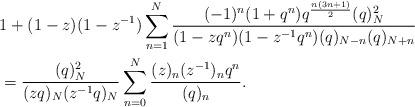
LaTeX: \begin{align*}&1+(1-z)(1-z^{-1})\sum_{n=1}^{N}\frac{(-1)^n(1+q^n)q^{\frac{n(3n+1)}{2}}(q)_{N}^2}{(1-zq^n)(1-z^{-1}q^n)(q)_{N-n}(q)_{N+n}}\\&=\frac{(q)_N^{2}}{(zq)_N(z^{-1}q)_N}\sum_{n=0}^{N}\frac{(z)_{n}(z^{-1})_{n}q^n}{(q)_n}.\end{align*}